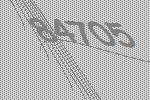
84705